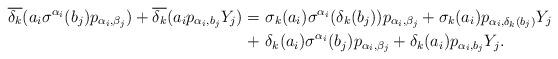
LaTeX: \begin{align*}\overline{\delta_k}(a_i\sigma^{\alpha_i}(b_j)p_{\alpha_i,\beta_j}) + \overline{\delta_k}(a_ip_{\alpha_i,b_j}Y_j) = &\ \sigma_k(a_i)\sigma^{\alpha_i}(\delta_k(b_j))p_{\alpha_i, \beta_j} + \sigma_k(a_i)p_{\alpha_i, \delta_k(b_j)}Y_j \\+ &\ \delta_k(a_i)\sigma^{\alpha_i}(b_j)p_{\alpha_i, \beta_j} + \delta_k(a_i)p_{\alpha_i, b_j}Y_j.\end{align*}